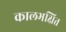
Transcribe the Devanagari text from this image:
कालभक्षित